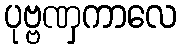
ပုဗ္ဗဏှကာလေ